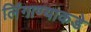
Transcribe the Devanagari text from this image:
लिंगाण्याकडे